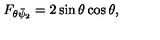
F _ { \theta \bar { \psi } _ { 2 } } = 2 \sin \theta \cos \theta ,